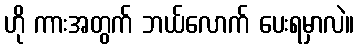
ဟို ကားအတွက် ဘယ်လောက် ပေးရမှာလဲ။